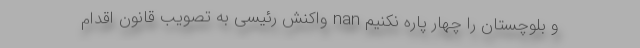
و بلوچستان را چهار پاره نكنيم nan واکنش رئیسی به تصویب قانون اقدام